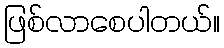
ဖြစ်လာစေပါတယ်။